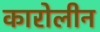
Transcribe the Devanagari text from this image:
कारोलीन